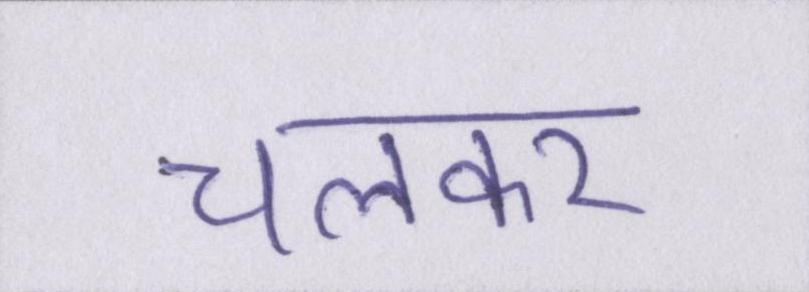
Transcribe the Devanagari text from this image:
चलकर